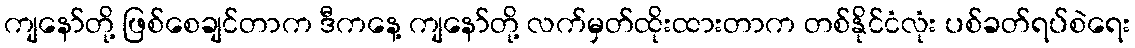
ကျနော်တို့ ဖြစ်စေချင်တာက ဒီကနေ့ ကျနော်တို့ လက်မှတ်ထိုးထားတာက တစ်နိုင်ငံလုံး ပစ်ခတ်ရပ်စဲရေး